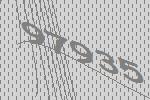
97935